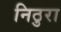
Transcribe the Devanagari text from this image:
निठुरा